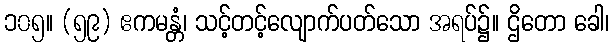
၁၀၅။ (၅၉) ဧကမန္တံ၊ သင့်တင့်လျောက်ပတ်သော အရပ်၌။ ဌိတော ခေါ၊